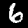
Digit: 6